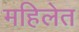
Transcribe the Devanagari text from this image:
महिलेत